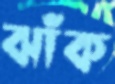
ঝাঁক